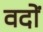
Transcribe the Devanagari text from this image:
वदों